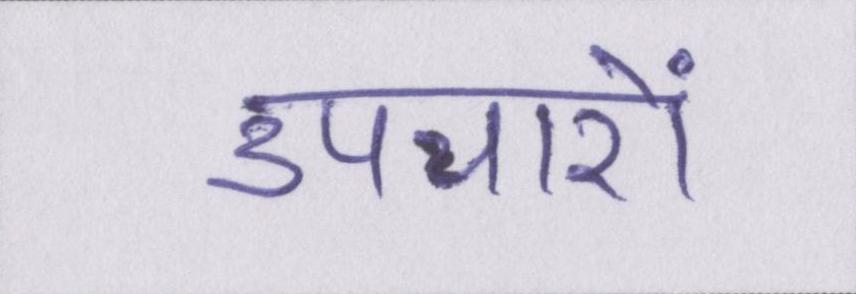
उपचारों